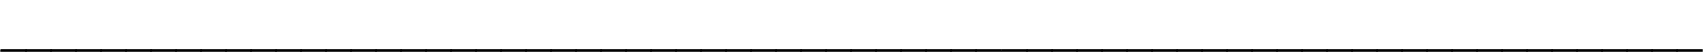
____________________________________________________________________